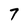
Character: 7